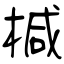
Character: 椷